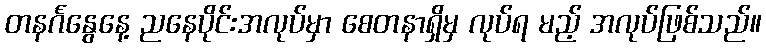
တနင်္ဂနွေနေ့ ညနေပိုင်းအလုပ်မှာ စေတနာရှိမှ လုပ်ရ မည့် အလုပ်ဖြစ်သည်။